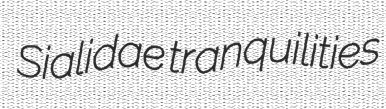
Sialidae tranquilities